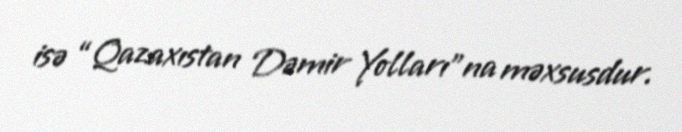
isə “Qazaxıstan Dəmir Yolları”na məxsusdur.